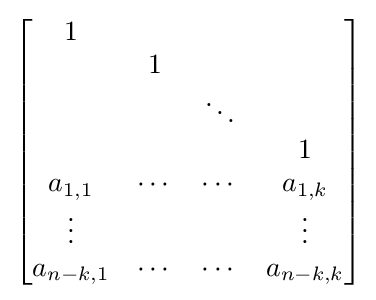
{\begin{bmatrix}1\\&1\\&&\ddots \\&&&1\\a_{1,1}&\cdots &\cdots &a_{1,k}\\\vdots &&&\vdots \\a_{n-k,1}&\cdots &\cdots &a_{n-k,k}\end{bmatrix}}